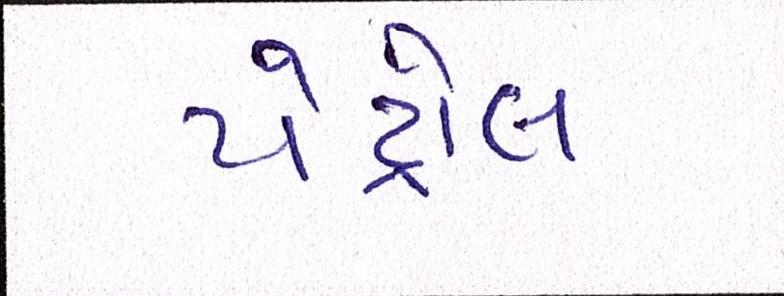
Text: પેટ્રોલ